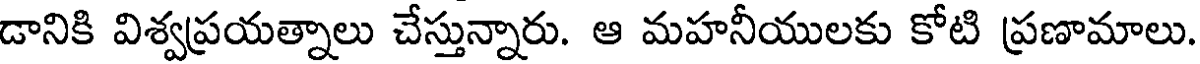
డానికి విశ్వప్రయత్నాలు చేస్తున్నారు. ఆ మహనీయులకు కోటి ప్రణామాలు.